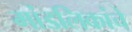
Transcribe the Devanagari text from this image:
मांडलिकांचे